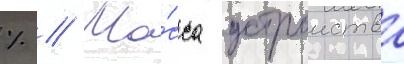
% // Ма́сса устроиства